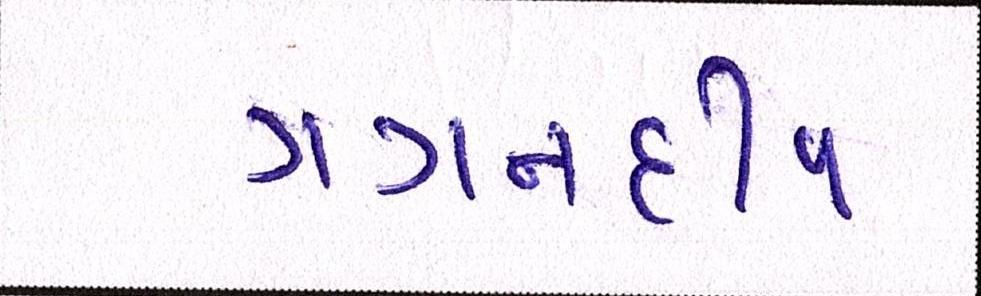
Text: ગગનદીપ